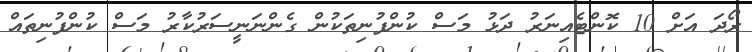
ރޯދަ އަށް 10 ކޮންޓެއިނަރު ދަޅު މަސް ކުންފުނިތަކުން ގެންނަނީސަރުކާރު މަސް ކުންފުނިތައް